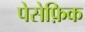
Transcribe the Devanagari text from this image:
पेसेफ़िक